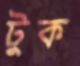
টুক